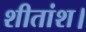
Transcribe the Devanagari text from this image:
शीतांश।